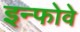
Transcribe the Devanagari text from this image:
इन्फोवे